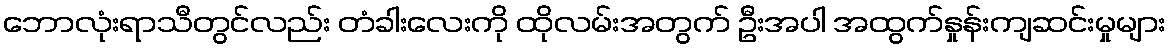
ဘောလုံးရာသီတွင်လည်း တံခါးလေးကို ထိုလမ်းအတွက် ဦးအပါ အထွက်နှုန်းကျဆင်းမှုများ